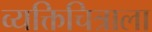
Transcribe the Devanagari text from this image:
व्यक्तिचित्राला